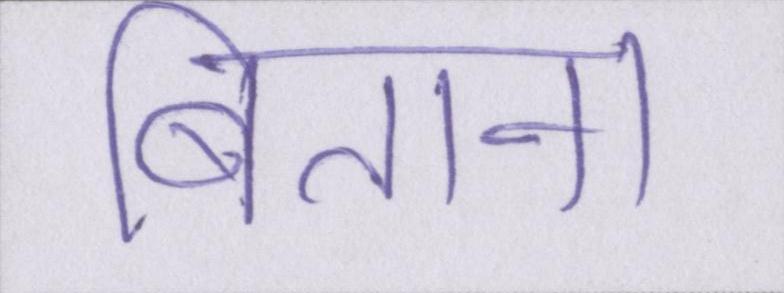
बिताना